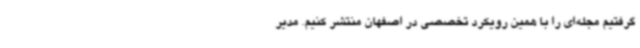
گرفتیم مجله‌ای را با همین رویکرد تخصصی در اصفهان منتشر کنیم. مدیر